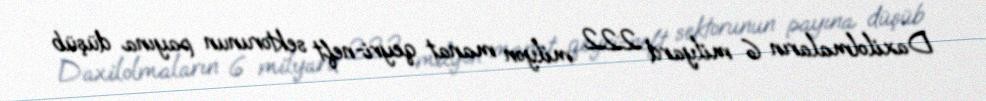
Daxilolmaların 6 milyard 222 milyon manat qeyri-neft sektorunun payına düşüb